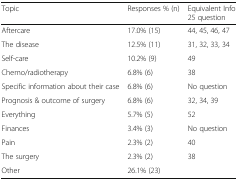
<table><thead><tr><td><b>Topic</b></td><td><b>Responses % (n)</b></td><td><b>Equivalent Info 25 question</b></td></tr></thead><tbody><tr><td>Aftercare</td><td>17.0% (15)</td><td>44, 45, 46, 47</td></tr><tr><td>The disease</td><td>12.5% (11)</td><td>31, 32, 33, 34</td></tr><tr><td>Self-care</td><td>10.2% (9)</td><td>49</td></tr><tr><td>Chemo/radiotherapy</td><td>6.8% (6)</td><td>38</td></tr><tr><td>Specific information about their case</td><td>6.8% (6)</td><td>No question</td></tr><tr><td>Prognosis &amp; outcome of surgery</td><td>6.8% (6)</td><td>32, 34, 39</td></tr><tr><td>Everything</td><td>5.7% (5)</td><td>52</td></tr><tr><td>Finances</td><td>3.4% (3)</td><td>No question</td></tr><tr><td>Pain</td><td>2.3% (2)</td><td>40</td></tr><tr><td>The surgery</td><td>2.3% (2)</td><td>38</td></tr><tr><td>Other</td><td>26.1% (23)</td><td></td></tr></tbody></table>